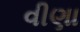
વીણા